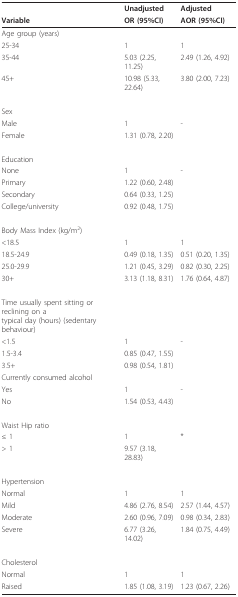
<table><thead><tr><td></td><td><b>Unadjusted</b></td><td><b>Adjusted</b></td></tr><tr><td><b>Variable</b></td><td><b>OR (95%CI)</b></td><td><b>AOR (95%CI)</b></td></tr></thead><tbody><tr><td>Age group (years)</td><td></td><td></td></tr><tr><td>25-34</td><td>1</td><td>1</td></tr><tr><td>35-44</td><td>5.03 (2.25, 11.25)</td><td>2.49 (1.26, 4.92)</td></tr><tr><td>45+</td><td>10.98 (5.33, 22.64)</td><td>3.80 (2.00, 7.23)</td></tr><tr><td>Sex</td><td></td><td></td></tr><tr><td>Male</td><td>1</td><td>-</td></tr><tr><td>Female</td><td>1.31 (0.78, 2.20)</td><td></td></tr><tr><td>Education</td><td></td><td></td></tr><tr><td>None</td><td>1</td><td>-</td></tr><tr><td>Primary</td><td>1.22 (0.60, 2.48)</td><td></td></tr><tr><td>Secondary</td><td>0.64 (0.33, 1.25)</td><td></td></tr><tr><td>College/university</td><td>0.92 (0.48, 1.75)</td><td></td></tr><tr><td>Body Mass Index (kg/m<sup>2</sup>)</td><td></td><td></td></tr><tr><td>&lt;18.5</td><td>1</td><td>1</td></tr><tr><td>18.5-24.9</td><td>0.49 (0.18, 1.35)</td><td>0.51 (0.20, 1.35)</td></tr><tr><td>25.0-29.9</td><td>1.21 (0.45, 3.29)</td><td>0.82 (0.30, 2.25)</td></tr><tr><td>30+</td><td>3.13 (1.18, 8.31)</td><td>1.76 (0.64, 4.87)</td></tr><tr><td>Time usually spent sitting or reclining on a typical day (hours) (sedentary behaviour)</td><td></td><td></td></tr><tr><td>&lt;1.5</td><td>1</td><td>-</td></tr><tr><td>1.5-3.4</td><td>0.85 (0.47, 1.55)</td><td></td></tr><tr><td>3.5+</td><td>0.98 (0.54, 1.81)</td><td></td></tr><tr><td>Currently consumed alcohol</td><td></td><td></td></tr><tr><td>Yes</td><td>1</td><td>-</td></tr><tr><td>No</td><td>1.54 (0.53, 4.43)</td><td></td></tr><tr><td>Waist Hip ratio</td><td></td><td></td></tr><tr><td>≤ 1</td><td>1</td><td>*</td></tr><tr><td>&gt; 1</td><td>9.57 (3.18, 28.83)</td><td></td></tr><tr><td>Hypertension</td><td></td><td></td></tr><tr><td>Normal</td><td>1</td><td>1</td></tr><tr><td>Mild</td><td>4.86 (2.76, 8.54)</td><td>2.57 (1.44, 4.57)</td></tr><tr><td>Moderate</td><td>2.60 (0.96, 7.09)</td><td>0.98 (0.34, 2.83)</td></tr><tr><td>Severe</td><td>6.77 (3.26, 14.02)</td><td>1.84 (0.75, 4.49)</td></tr><tr><td>Cholesterol</td><td></td><td></td></tr><tr><td>Normal</td><td>1</td><td>1</td></tr><tr><td>Raised</td><td>1.85 (1.08, 3.19)</td><td>1.23 (0.67, 2.26)</td></tr></tbody></table>